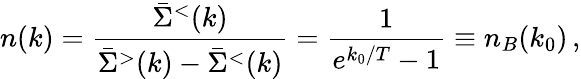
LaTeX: n(k)={\frac{\bar{\Sigma}^{<}(k)}{\bar{\Sigma}^{>}(k)-\bar{\Sigma}^{<}(k)}}={\frac{1}{e^{k_{0}/T}-1}}\equiv n_{B}(k_{0})\, ,